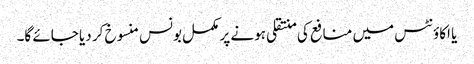
یا اکاؤنٹس میں منافع کی منتقلی ہونے پر مکمل بونس منسوخ کر دیا جائے گا۔